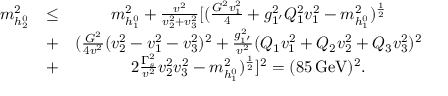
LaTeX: \begin{array} { c c c } { { m _ { h _ { 2 } ^ { 0 } } ^ { 2 } } } & { { \leq } } & { { m _ { h _ { 1 } ^ { 0 } } ^ { 2 } + \frac { v ^ { 2 } } { v _ { 2 } ^ { 2 } + v _ { 3 } ^ { 2 } } [ ( \frac { G ^ { 2 } v _ { 1 } ^ { 2 } } { 4 } + g _ { 1 ^ { \prime } } ^ { 2 } Q _ { 1 } ^ { 2 } v _ { 1 } ^ { 2 } - m _ { h _ { 1 } ^ { 0 } } ^ { 2 } ) ^ { \frac { 1 } { 2 } } } } \\ { { } } & { { + } } & { { ( \frac { G ^ { 2 } } { 4 v ^ { 2 } } ( v _ { 2 } ^ { 2 } - v _ { 1 } ^ { 2 } - v _ { 3 } ^ { 2 } ) ^ { 2 } + \frac { g _ { 1 ^ { \prime } } ^ { 2 } } { v ^ { 2 } } ( Q _ { 1 } v _ { 1 } ^ { 2 } + Q _ { 2 } v _ { 2 } ^ { 2 } + Q _ { 3 } v _ { 3 } ^ { 2 } ) ^ { 2 } } } \\ { { } } & { { + } } & { { 2 \frac { \Gamma _ { s } ^ { 2 } } { v ^ { 2 } } v _ { 2 } ^ { 2 } v _ { 3 } ^ { 2 } - m _ { h _ { 1 } ^ { 0 } } ^ { 2 } ) ^ { \frac { 1 } { 2 } } ] ^ { 2 } = ( 8 5 \, \mathrm { G e V } ) ^ { 2 } . } } \end{array}